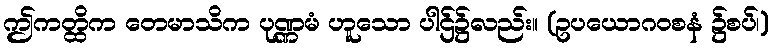
ဤကတ္ထိက တေမာသိက ပုဏ္ဏမံ ဟူသော ပါဌ်၌လည်း။ (ဥပယောဂဝစနံ ၌စပ်၊)